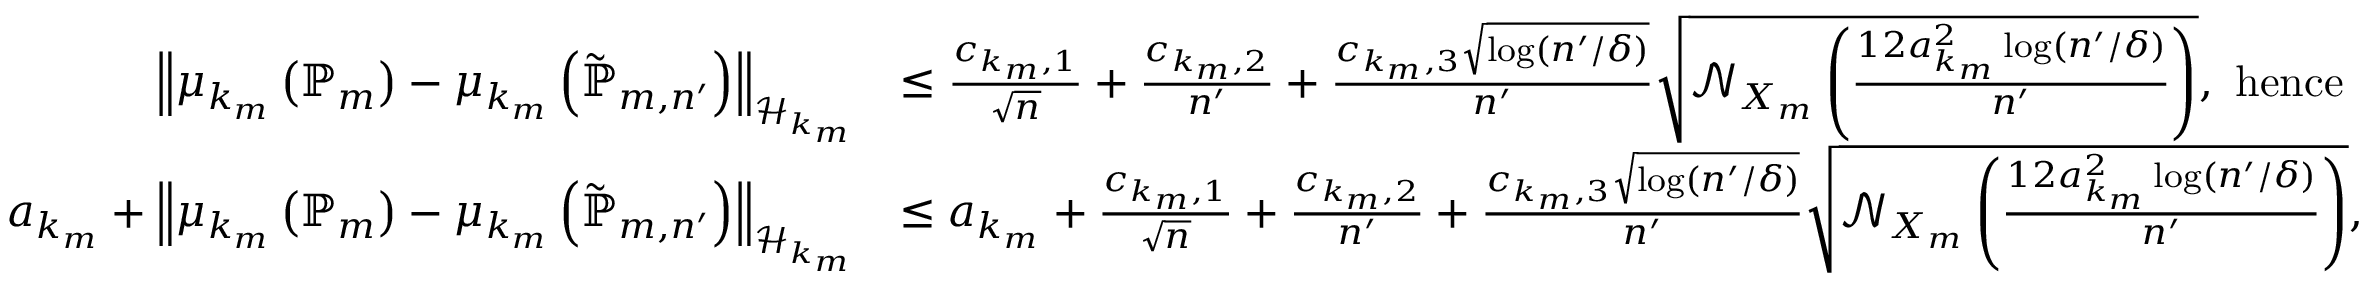
\begin{array} { r l } { \left\| { \mu _ { k _ { m } } \left( \mathbb { P } _ { m } \right) - \mu _ { k _ { m } } \left( \tilde { \mathbb { P } } _ { m , n ^ { \prime } } \right) } \right\| _ { \mathcal { H } _ { k _ { m } } } } & { \le \frac { c _ { k _ { m } , 1 } } { \sqrt { n } } + \frac { c _ { k _ { m } , 2 } } { n ^ { \prime } } + \frac { c _ { k _ { m } , 3 } \sqrt { \log ( n ^ { \prime } / \delta ) } } { n ^ { \prime } } \sqrt { \mathcal N _ { X _ { m } } \left( \frac { 1 2 a _ { k _ { m } } ^ { 2 } \log ( n ^ { \prime } / \delta ) } { n ^ { \prime } } \right) } , \mathrm { ~ h e n c e } } \\ { a _ { k _ { m } } + \left\| { \mu _ { k _ { m } } \left( \mathbb { P } _ { m } \right) - \mu _ { k _ { m } } \left( \tilde { \mathbb { P } } _ { m , n ^ { \prime } } \right) } \right\| _ { \mathcal { H } _ { k _ { m } } } } & { \le a _ { k _ { m } } + \frac { c _ { k _ { m } , 1 } } { \sqrt { n } } + \frac { c _ { k _ { m } , 2 } } { n ^ { \prime } } + \frac { c _ { k _ { m } , 3 } \sqrt { \log ( n ^ { \prime } / \delta ) } } { n ^ { \prime } } \sqrt { \mathcal N _ { X _ { m } } \left( \frac { 1 2 a _ { k _ { m } } ^ { 2 } \log ( n ^ { \prime } / \delta ) } { n ^ { \prime } } \right) } , } \end{array}